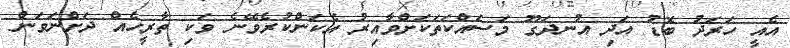
އެއީ ހަރަދު ބޮޑު އަދި އުނދަގޫ މަސައްކަތަކަށްވާއިރު އެކަންކުރެވޭނެ ވަކި ތާރީހެއް ދަށްނަވަން